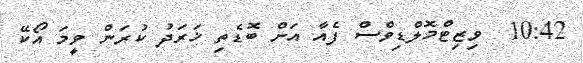
10:42  ވިޒިޓްމޮލްޑިވްސް ފެއާ އަށް ބޮޑެތި ޚަރަދު ކުރަން ވީމަ އޯކޭ